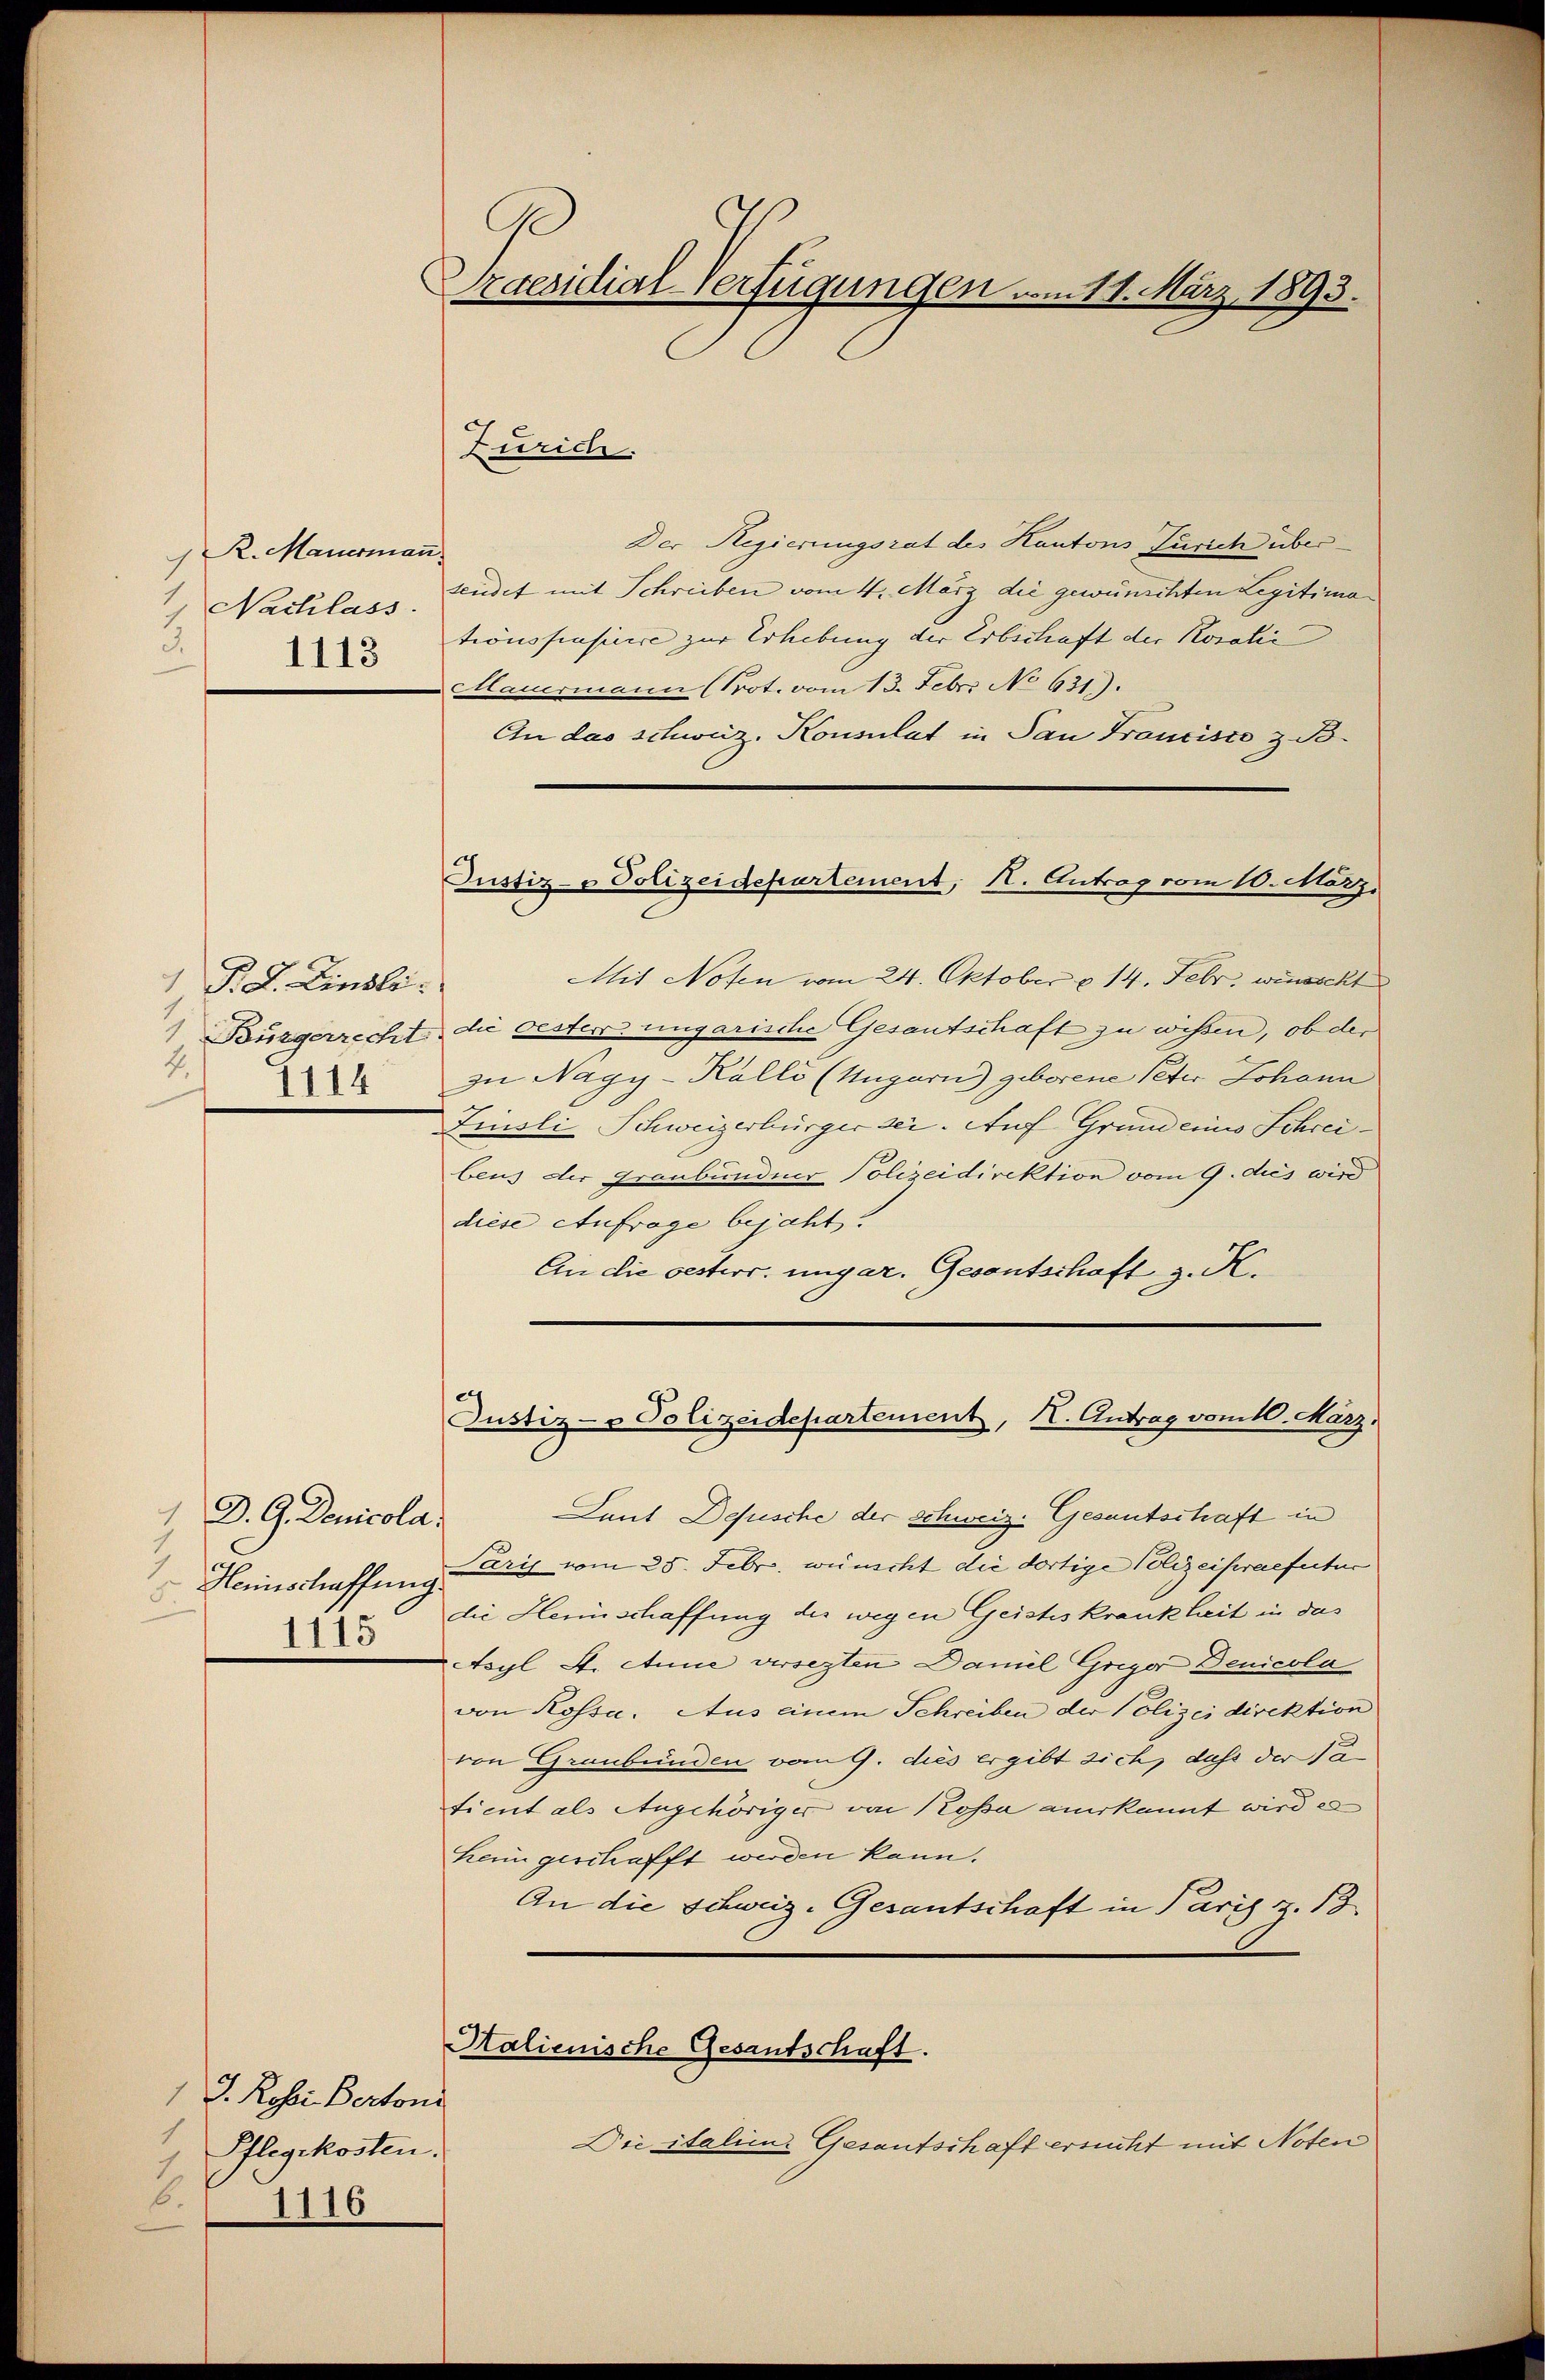
R. Mauerman
1 Nachlass.
3.
1113

1 P. L. Lindli
4.
1114

1 D. G. Denicola
Herinschaffung
1115

1 J. Rosse Bertoni
1
Pflegekosten.
6.
1116

Praesidial-Verfügungen am 11. März 1893.

Der Regierungsrat des Kantons Zürich übersendet mit Schreiben vom 4. März die gewünschten Legitima
tionspusicire zur Erhebung der Erbschaft der Kosalić
Mauermann (Prot. vom 13. Febr. No 631).
An das schweiz. Konsulat in Pan Francisco z. B.
Mit Nofen vom 24. Oktober v. 14. Febr, wünscht
 Bourgerrecht die Oester ungarische Gesantschaft zu wissen, ob der
zu Nagy-Kalli (Ungarn geborene Peter Johann
Finsli Schweizerbürger sei. Auf Grundeines Schreibens der Graubündner Polizeidirektion vom 9. dus wird
diese Anfrage bejaht.
An die oesterr. ungar. Gesantschaft z. K.
Justiz- & Polizeidepartement, I. Antrag vom 10. März,
Laut Depusche der schweiz. Gesantschaft in
Paris vom 25. Febr. wünscht die dortige Polizeipraefectur
die Herinschaffung der wegen Geisteskrankheit in das
Asyl 4. Anne versezten Daniel Griger Denicola
von Kossa. Aus einem Schreiben der Polizeidirektion
von Graubünden vom 9. dies ergibt sich, daß der Tatient als Angehöriger von Kossa anerkannt wird e
heim geschafft werden kann.
An die Schweiz. Gesantschaft in Paris z. 13
Halienische Gesantschaft.
Die italien. Gesantschaft ersucht mit Noten

Zürich.

Justiz- & Polizeidepartement, I. Antrag vom 10. März,